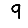
Digit: 9